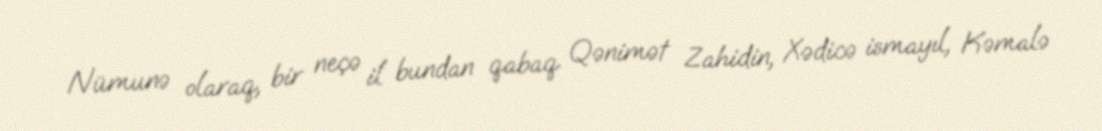
Nümunə olaraq, bir neçə il bundan qabaq Qənimət Zahidin, Xədicə ismayıl, Kəmalə